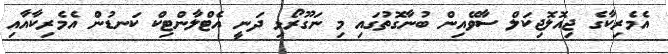
އެމެރިކާގެ ޖިއޮލޮޖިކަލް ސާވޭއިން ބުނާގޮތުގައި މި ނަގޫރޯޅި ދަނީ އެޓްލާންޓިކް ކަނޑުން އެމެރިކާއާއި